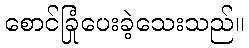
စောင်ခြုံပေးခဲ့သေးသည်။